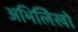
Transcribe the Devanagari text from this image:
अभिलिेखो